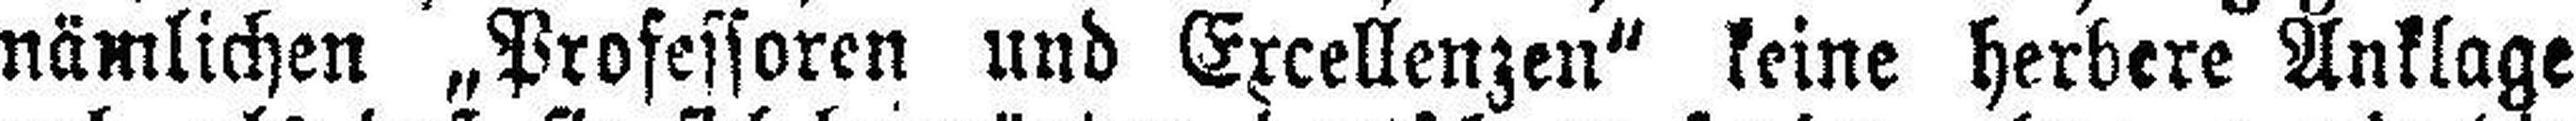
nämlichen „Professoren und Excellenzen“ keine herbere Anklage